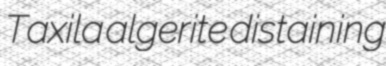
Taxila algerite distaining